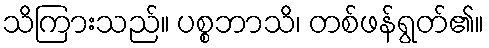
သိကြားသည်။ ပစ္စဘာသိ၊ တစ်ဖန်ရွတ်၏။